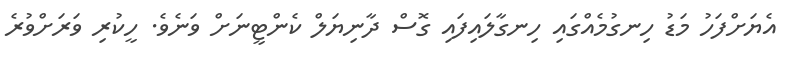
އެޔަށްފަހު މަޑު ހިނގުމެއްގައި ހިނގާލައިފައި ގޮސް ދާނިޔަލް ކެންޓީނަށް ވަނެވެ. ހީކުރި ވަރަށްވުރެ